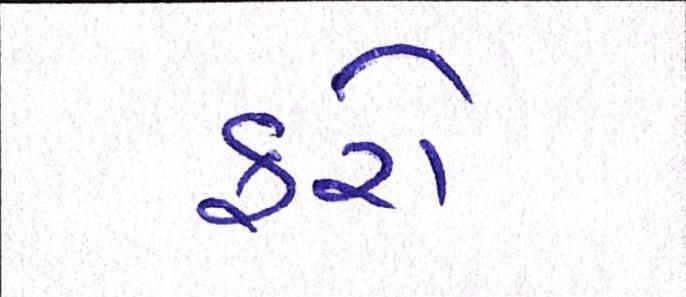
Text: ફરો